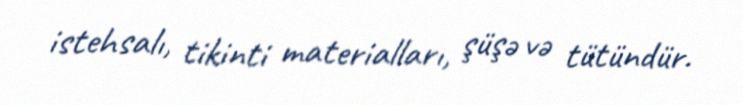
istehsalı, tikinti materialları, şüşə və tütündür.